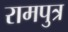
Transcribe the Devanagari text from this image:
रामपुत्र